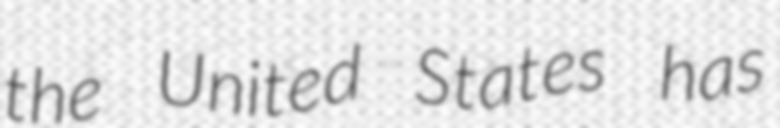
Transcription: the United States has